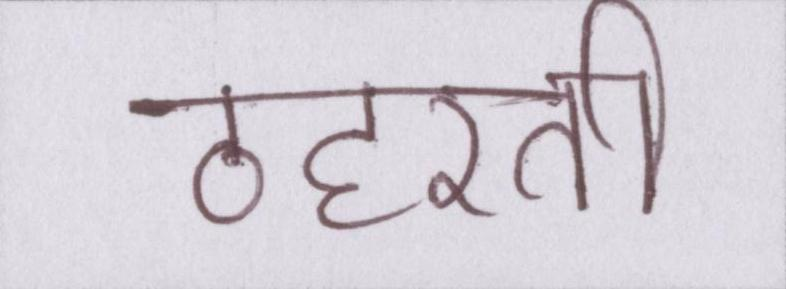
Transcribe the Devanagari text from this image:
ठहरती